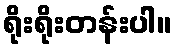
ရိုးရိုးတန်းပါ။